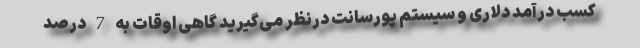
کسب درآمد دلاری و سیستم پورسانت درنظر می‌گیرید گاهی اوقات به 7 درصد